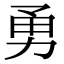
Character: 勇